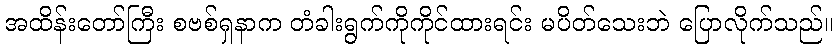
အထိန်းတော်ကြီး စဗစ်ရှနာက တံခါးရွက်ကိုကိုင်ထားရင်း မပိတ်သေးဘဲ ပြောလိုက်သည်။